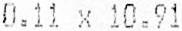
0.11 X 10.91